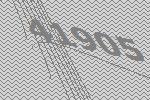
41905